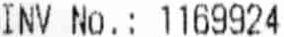
INV NO.: 1169924